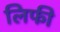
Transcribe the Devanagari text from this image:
लिफी